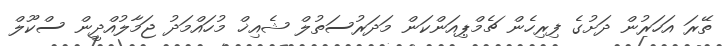
ތޭރަ އަހަރުން ދަށުގެ ފިރިހެން ޗެމްޕިއަންކަން މަދަރުސަތުލް ޝެއިޚް މުހައްމަދު ޖަމާލުއްދީން ސްކޫލް